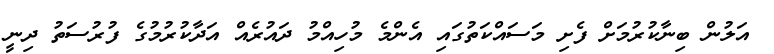
އަލުން ބިނާކުރުމަށް ފެށި މަސައްކަތުގައި އެންމެ މުހިއްމު ދައުރެއް އަދާކުރުމުގެ ފުރުސަތު ދިނީ